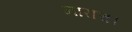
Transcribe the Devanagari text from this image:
नाराच।